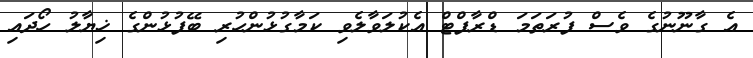
އެ ގާނޫނުގެ ވެސް ފުރަތަމަ ޑްރާފްޓް އެކުލަވާލެވި ކަމާގުޅުންހުރި ބޭފުޅުންގެ ޚިޔާލު ހޯދައި